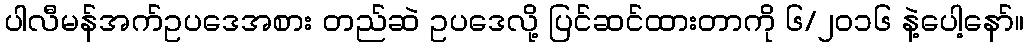
ပါလီမန်အက်ဥပဒေအစား တည်ဆဲ ဥပဒေလို့ ပြင်ဆင်ထားတာကို ၆/၂၀၁၆ နဲ့ပေါ့နော်။